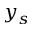
y _ { s }